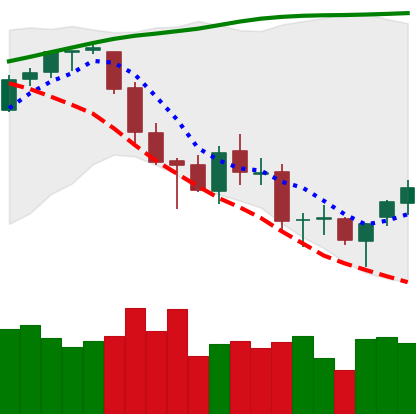
Ticker: BTC-USD
Chart end date: 2018-03-20
Forward return: -4.686%
Label: down_3_5